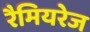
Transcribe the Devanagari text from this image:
रैमियरेज